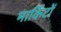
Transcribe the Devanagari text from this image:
मार्किटों